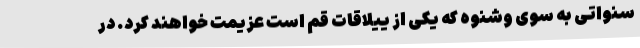
سنواتی به سوی وشنوه که یکی از ییلاقات قم است عزیمت خواهند کرد. در